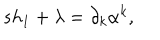
LaTeX: s h _ { 1 } + \lambda = \partial _ { k } \alpha ^ { k } ,